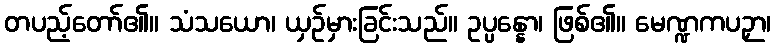
တပည့်တော်၏။ သံသယော၊ ယှဉ်မှားခြင်းသည်။ ဥပ္ပန္နော၊ ဖြစ်၏။ မေဏ္ဍကပဉှာ၊